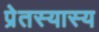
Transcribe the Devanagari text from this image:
प्रेतस्यास्य